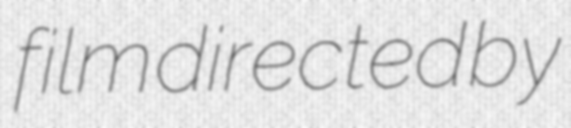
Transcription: film directed by